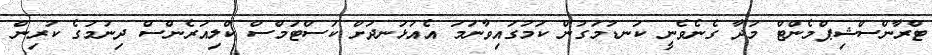
ޓްރާންސްޝިޕްމެންޓް މުދާ ގެނެވެނީ ކަނޑުމަގުން ކަމުގައިވާނަމަ އެއުޅަނދަށް ކަސްޓަމްސް ކްލިއަރެންސް ދިނުމުގެ ކުރިން